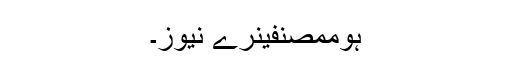
ہوممصنفینرے نیوز۔